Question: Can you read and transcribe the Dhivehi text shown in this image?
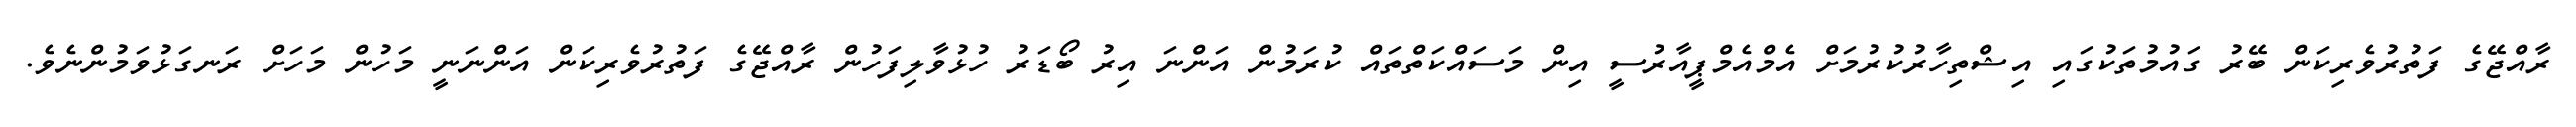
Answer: ރާއްޖޭގެ ފަތުރުވެރިކަން ބޭރު ގައުމުތަކުގައި އިޝްތިހާރުކުރުމަށް އެމްއެމްޕީއާރުސީ އިން މަސައްކަތްތައް ކުރަމުން އަންނަ އިރު ބޯޑަރު ހުޅުވާލިފަހުން ރާއްޖޭގެ ފަތުރުވެރިކަން އަންނަނީ މަހުން މަހަށް ރަނގަޅުވަމުންނެވެ.